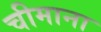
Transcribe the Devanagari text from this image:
चीमाना